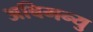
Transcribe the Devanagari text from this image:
अबिमन्यु